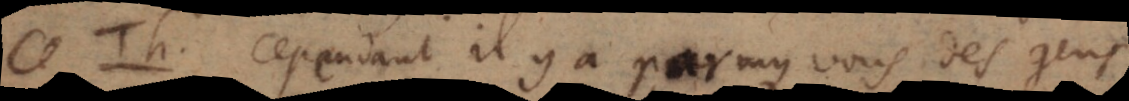
T h. Cependant il y a parmy vous des gens